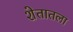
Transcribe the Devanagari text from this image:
शेतातला